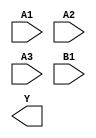
module sky130_fd_sc_ls__a31oi (
    //# {{data|Data Signals}}
    input  A1,
    input  A2,
    input  A3,
    input  B1,
    output Y
);

    // Voltage supply signals
    supply1 VPWR;
    supply0 VGND;
    supply1 VPB ;
    supply0 VNB ;

endmodule